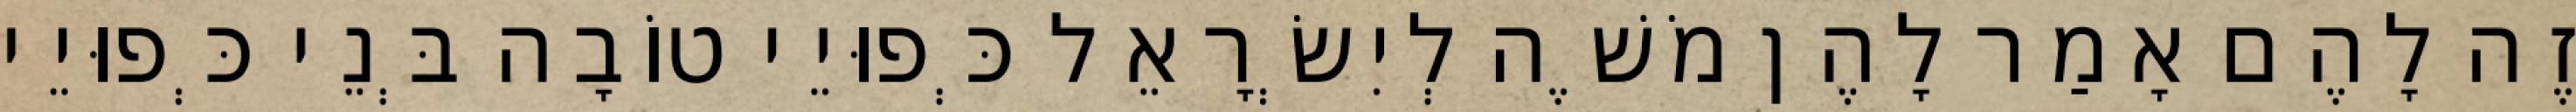
זֶה לָהֶם אָמַר לָהֶן מֹשֶׁה לְיִשְׂרָאֵל כְּפוּיֵי טוֹבָה בְּנֵי כְּפוּיֵי